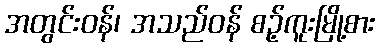
အတွင်းဝန်၊ အသည်ဝန် စဉ့်ကူးမြို့စား